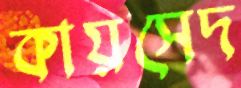
কায়সেদ